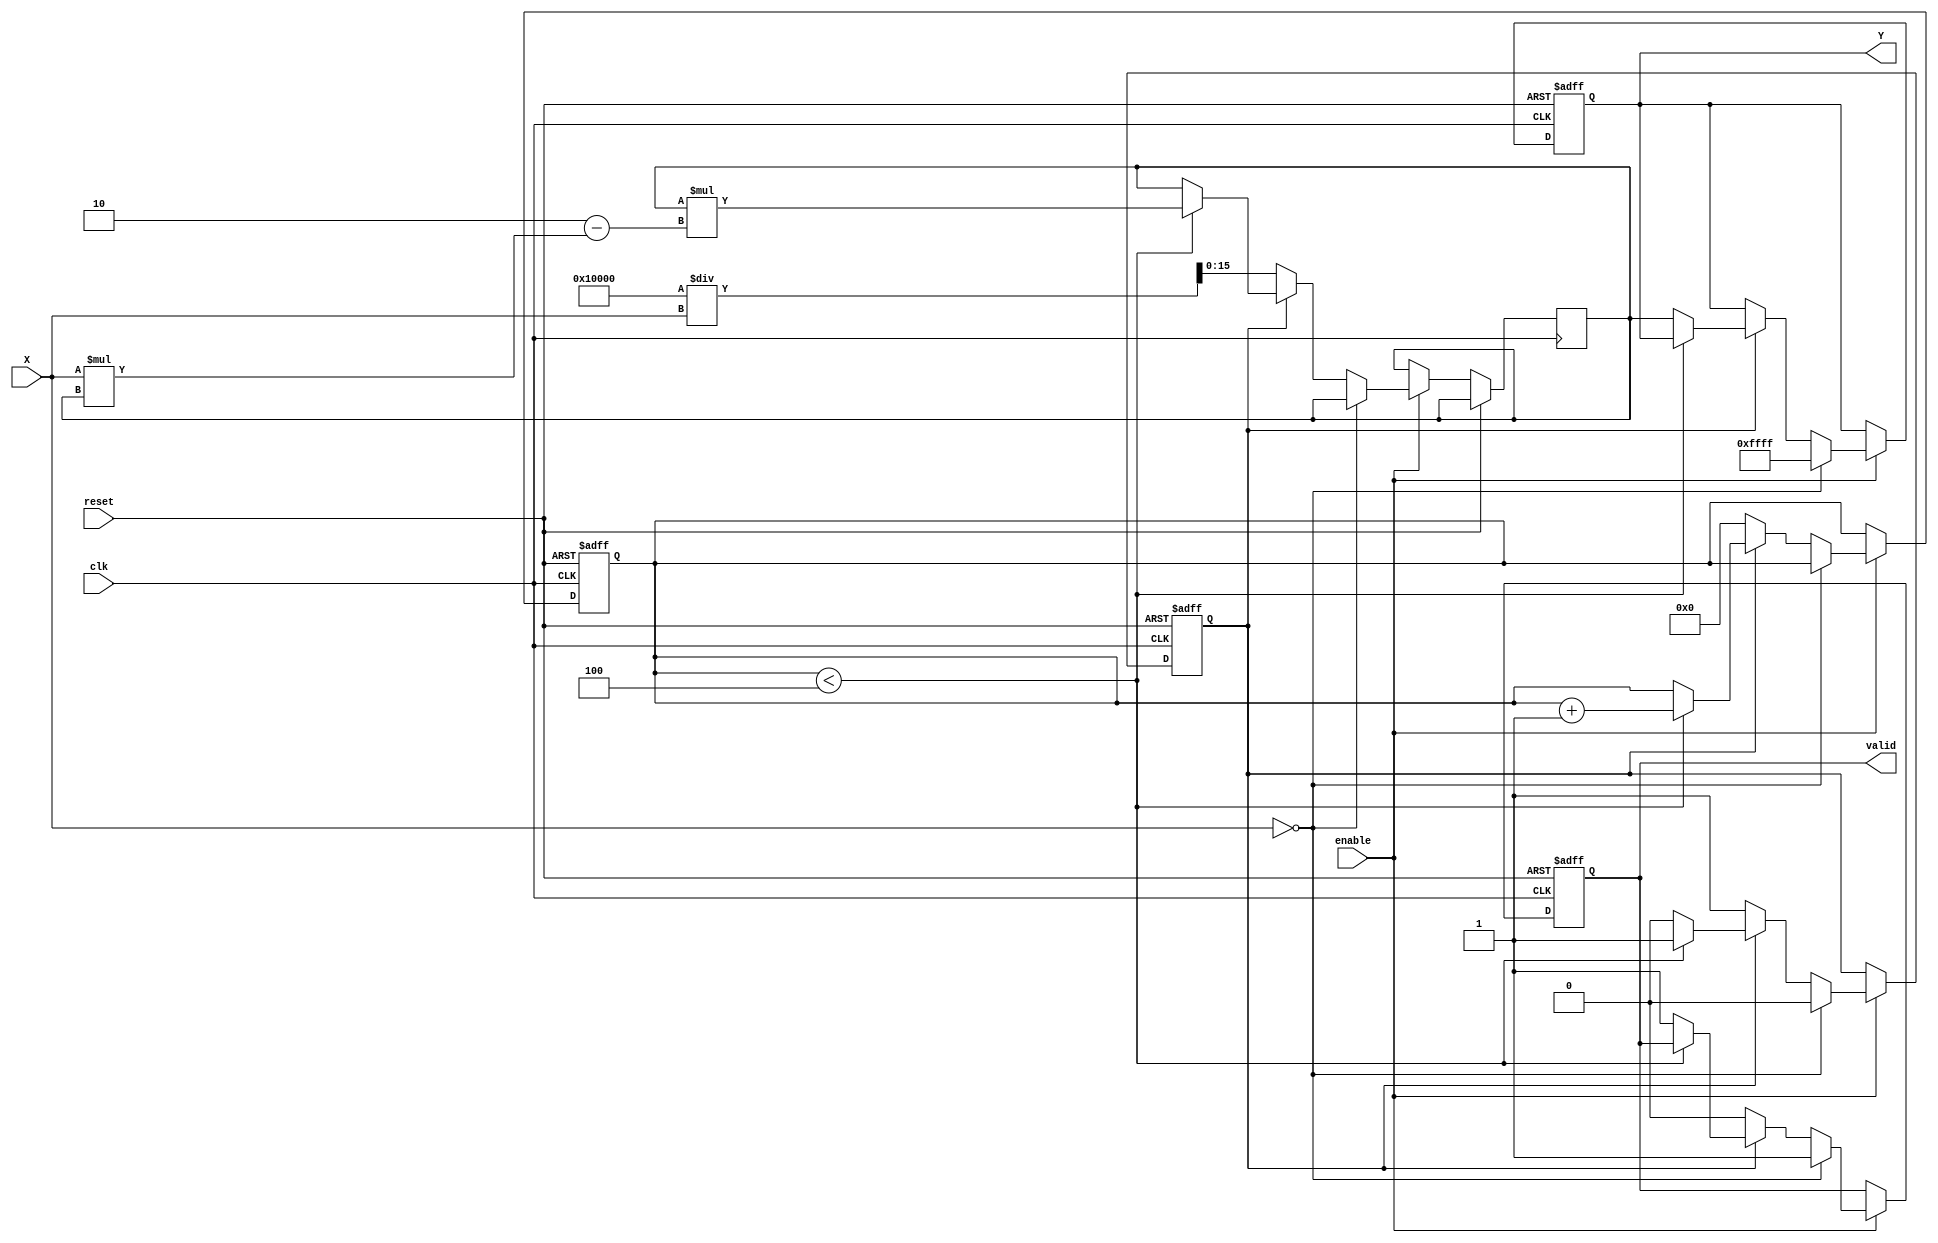
module binary_fractional_reciprocal #(
    parameter N = 16, // Bit-width for input and output
    parameter MAX_VALUE = (1 << N) - 1 // Maximum representable value for N bits
)(
    input wire clk,
    input wire reset,
    input wire enable,
    input wire [N-1:0] X, // Input: Fixed-point binary number in [0, 1)
    output reg [N-1:0] Y, // Output: Reciprocal of X
    output reg valid // Output: Indicates valid output
);

    // Internal states
    reg [N-1:0] Y_n; // Current estimate of reciprocal
    reg [3:0] iteration_count; // Iteration counter
    reg computing; // Flag to indicate if computation is in progress

    // Constants
    localparam MAX_ITERATIONS = 4; // Number of iterations for Newton-Raphson

    // Initial values
    initial begin
        Y = 0;
        valid = 0;
        computing = 0;
        iteration_count = 0;
    end

    // Main computation process
    always @(posedge clk or posedge reset) begin
        if (reset) begin
            Y <= 0;
            valid <= 0;
            computing <= 0;
            iteration_count <= 0;
        end else if (enable) begin
            if (X == 0) begin
                // Handle division by zero
                Y <= MAX_VALUE; // Set to maximum representable value
                valid <= 1;
                computing <= 0;
            end else if (!computing) begin
                // Start computation
                Y_n <= (1 << N) / X; // Initial guess (1/X)
                iteration_count <= 0;
                computing <= 1;
                valid <= 0;
            end else if (computing) begin
                // Newton-Raphson iteration
                if (iteration_count < MAX_ITERATIONS) begin
                    Y_n <= Y_n * (2 - X * Y_n); // Update estimate
                    iteration_count <= iteration_count + 1;
                end else begin
                    // Finalize output
                    Y <= Y_n;
                    valid <= 1;
                    computing <= 0;
                end
            end
        end
    end

endmodule